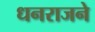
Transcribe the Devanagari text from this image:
धनराजने